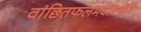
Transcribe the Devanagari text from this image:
वांछितफलमवाप्नोति